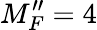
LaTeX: M_{F}^{\prime\prime}=4